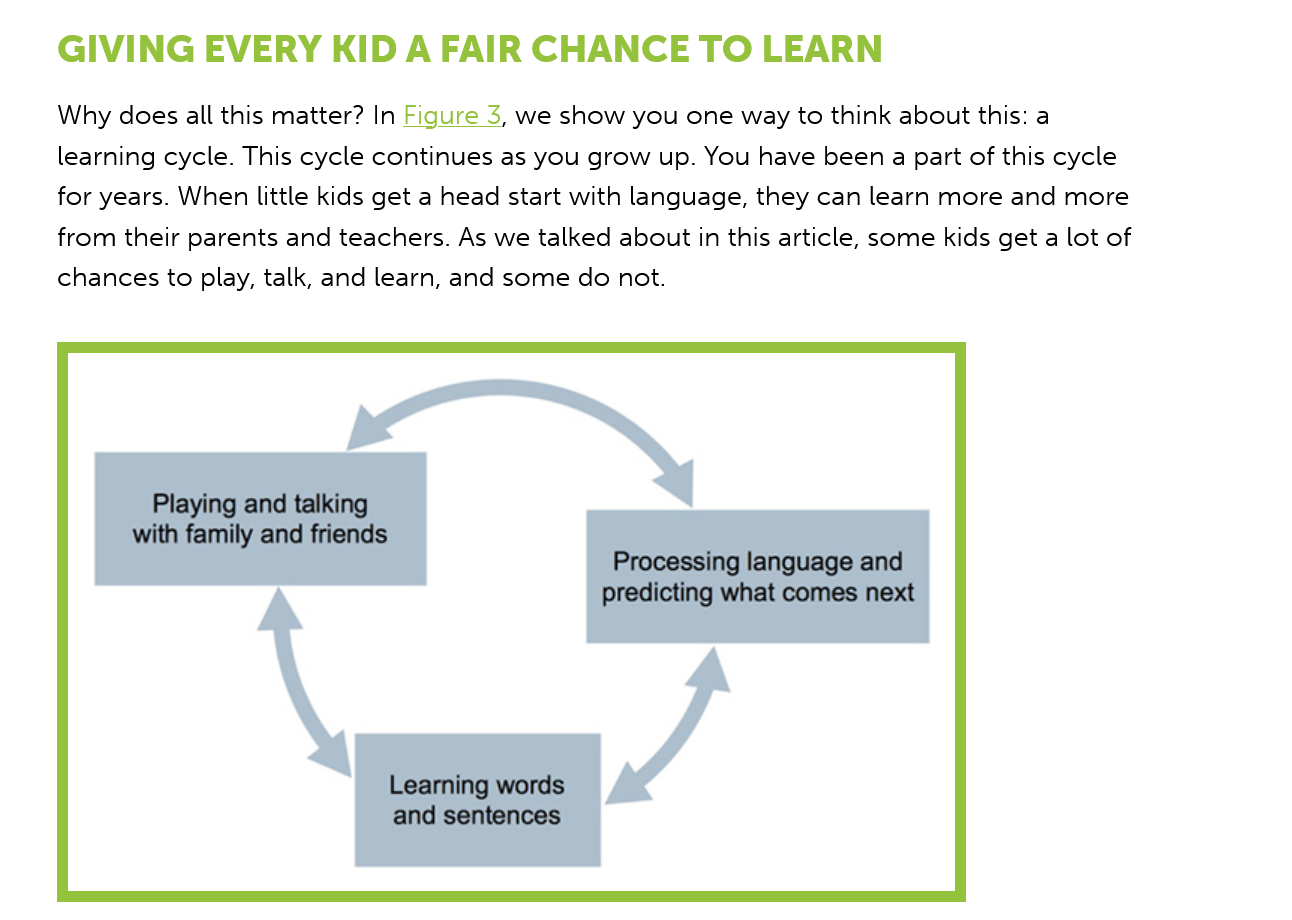
GIVING    EVERY KID    A FAIR  CHANCE    TO  LEARN
    Why does all this matter? In Figure
     5,
     we show you one way to think about this: a
     learning cycle. This cycle continues as you grow up. You have been a part of this cycle
    for years. When little kids get a head start with language, they can learn more and more
    from their parents and teachers. As we talked about in this article, some kids get a lot of
    chances to play, talk, and learn, and some do not.
     Playing and talking
     with family and friends
     Processing language and
     predicting what comes next
     Learning words
     and sentences